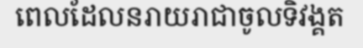
ពេលដែលនរាយរាជាចូលទិវង្គត